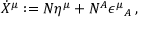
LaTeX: \dot { X } ^ { \mu } : = N \eta ^ { \mu } + N ^ { A } \epsilon ^ { \mu } { } _ { A } \, ,